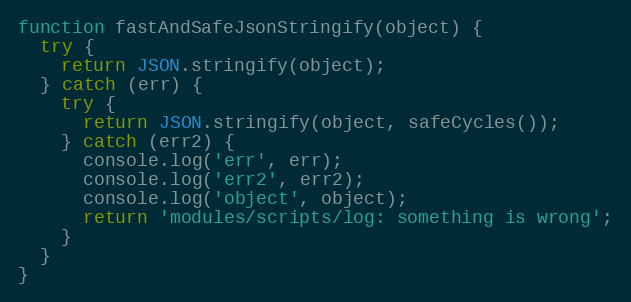
Language: JavaScript
function fastAndSafeJsonStringify(object) {
  try {
    return JSON.stringify(object);
  } catch (err) {
    try {
      return JSON.stringify(object, safeCycles());
    } catch (err2) {
      console.log('err', err);
      console.log('err2', err2);
      console.log('object', object);
      return 'modules/scripts/log: something is wrong';
    }
  }
}